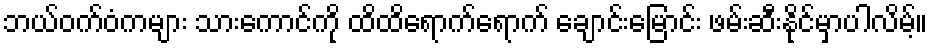
ဘယ်ဝက်ဝံကများ သားကောင်ကို ထိထိရောက်ရောက် ချောင်းမြောင်း ဖမ်းဆီးနိုင်မှာပါလိမ့်။